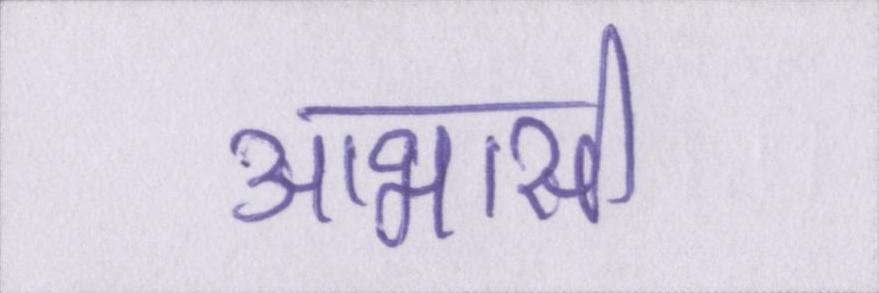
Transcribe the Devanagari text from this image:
आभासी